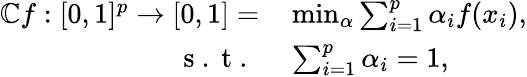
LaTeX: \begin{array}{rl}{\mathbb{C}f:[0,1]^{p}\rightarrow[0,1]=}&{{}\operatorname*{min}_{\alpha}\sum_{i=1}^{p}\alpha_{i}f(x_{i}),}\\ {\mathrm{~s~.~t~.~}}&{{}\sum_{i=1}^{p}\alpha_{i}=1,}\end{array}